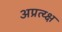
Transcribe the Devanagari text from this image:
अप्रत्य्क्ष